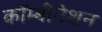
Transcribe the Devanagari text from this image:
कॉम्बीनेशन